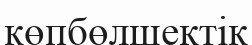
көпбөлшектік